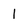
Character: 1